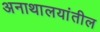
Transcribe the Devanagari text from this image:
अनाथालयांतील